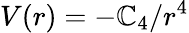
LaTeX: V(r)=-\mathbb{C}_{4}/r^{4}